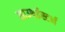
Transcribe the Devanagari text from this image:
साउथईस्टर्न